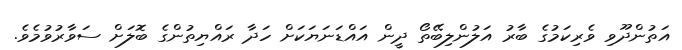
އަތުންދޫވި ވެރިކަމުގެ ބާރު އަލުންލިބޭތޯ ދީން އައްޑަނަޔަކަށް ހަދާ ރައްޔިތުންގެ ބޮލަށް ސަވާރުވުމެވެ.